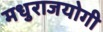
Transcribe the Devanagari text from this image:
मधुराजयोगी